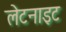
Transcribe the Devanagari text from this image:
लेटनाइट